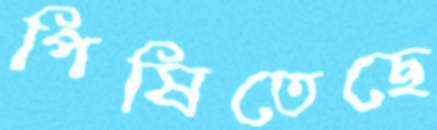
পিষিতেছে